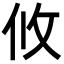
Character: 攸